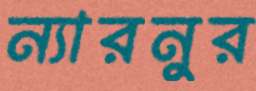
ন্যারনুর